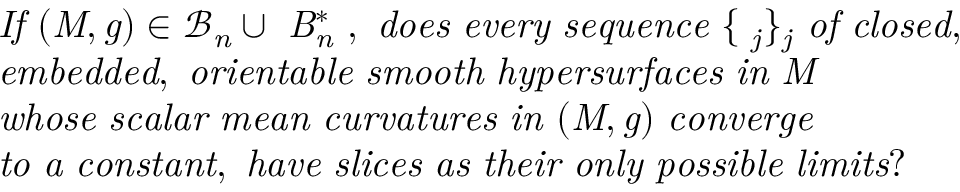
\begin{array} { r l } & { \mathrm { { \it ~ I f ~ ( M , g ) \in \mathcal { B } _ n \cup \mathcal ~ B _ n ^ * ~ , ~ d o e s ~ e v e r y ~ s e q u e n c e ~ \{ \Sigma _ j \} _ j ~ o f ~ c l o s e d , } } } \\ & { \mathrm { { \it ~ e m b e d d e d , ~ o r i e n t a b l e ~ s m o o t h ~ h y p e r s u r f a c e s ~ i n ~ M ~ } } } \\ & { \mathrm { { \it ~ w h o s e ~ s c a l a r ~ m e a n ~ c u r v a t u r e s ~ i n ~ ( M , g ) ~ c o n v e r g e } } } \\ & { \mathrm { { \it ~ t o ~ a ~ c o n s t a n t , ~ h a v e ~ s l i c e s ~ a s ~ t h e i r ~ o n l y ~ p o s s i b l e ~ l i m i t s ? } } } \end{array}